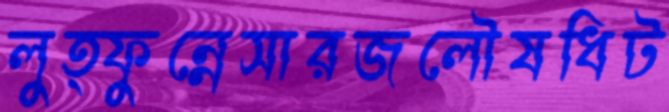
লুত্ফুন্নেসারজলৌষধিট